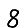
Digit: 8